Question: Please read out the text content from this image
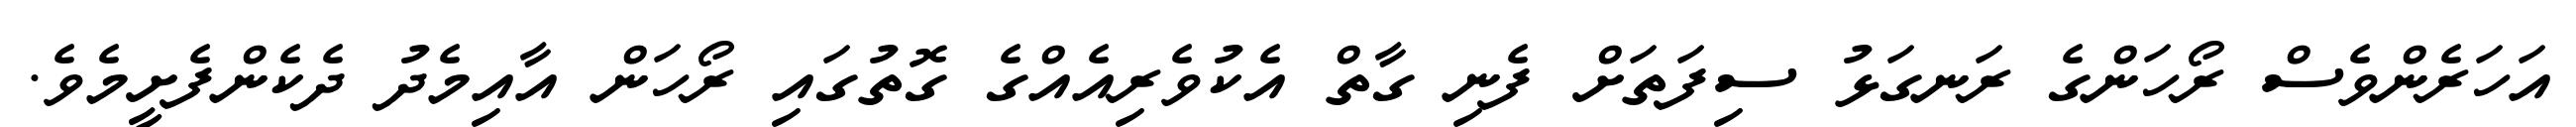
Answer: އަހަރެންވެސް ރޯހަންގެ ރަނގަޅު ސިފަތަށް ފެނި ގާތް އެކުވެރިއެއްގެ ގޮތުގައި ރޯހަން އާއިމެދު ދެކެންފެށީމެވެ.